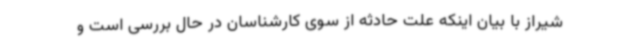
شیراز با بیان اینکه علت حادثه از سوی کارشناسان در حال بررسی است و